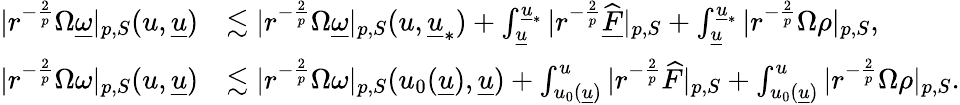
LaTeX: \begin{array}{rl}{|r^{-\frac{2}{p}}\Omega\underline{{\omega}}|_{p,S}(u,{\underline{{u}}})}&{\lesssim|r^{-\frac{2}{p}}\Omega\underline{{\omega}}|_{p,S}(u,{\underline{{u}}}_{*})+\int_{{\underline{{u}}}}^{{\underline{{u}}}_{*}}|r^{-\frac{2}{p}}\widehat{\underline{{F}}}|_{p,S}+\int_{{\underline{{u}}}}^{{\underline{{u}}}_{*}}|r^{-\frac{2}{p}}\Omega\rho|_{p,S},}\\ {|r^{-\frac{2}{p}}\Omega\omega|_{p,S}(u,{\underline{{u}}})}&{\lesssim|r^{-\frac{2}{p}}\Omega\omega|_{p,S}(u_{0}({\underline{{u}}}),{\underline{{u}}})+\int_{u_{0}({\underline{{u}}})}^{u}|r^{-\frac{2}{p}}\widehat{F}|_{p,S}+\int_{u_{0}({\underline{{u}}})}^{u}|r^{-\frac{2}{p}}\Omega\rho|_{p,S}.}\end{array}